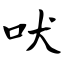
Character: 吠